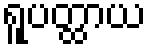
ရူပတ္ထာယ